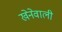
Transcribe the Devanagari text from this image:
खेनेवाली